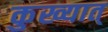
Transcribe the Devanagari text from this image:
कुख्यात्